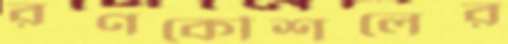
রণকৌশলের